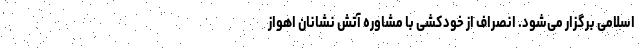
اسلامی برگزار می‌شود. انصراف از خودکشی با مشاوره آتش نشانان اهواز